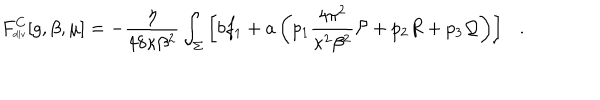
F _ { \tiny \mathrm { d i v } } ^ { C } [ g , \beta , \mu ] = - { \frac { \eta } { 4 8 \kappa \beta ^ { 2 } } } \int _ { \Sigma } \left[ b f _ { 1 } + a \left( p _ { 1 } { \frac { 4 \pi ^ { 2 } } { \kappa ^ { 2 } \beta ^ { 2 } } } { \cal P } + p _ { 2 } R + p _ { 3 } { \cal Q } \right) \right] .